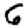
Digit: 6